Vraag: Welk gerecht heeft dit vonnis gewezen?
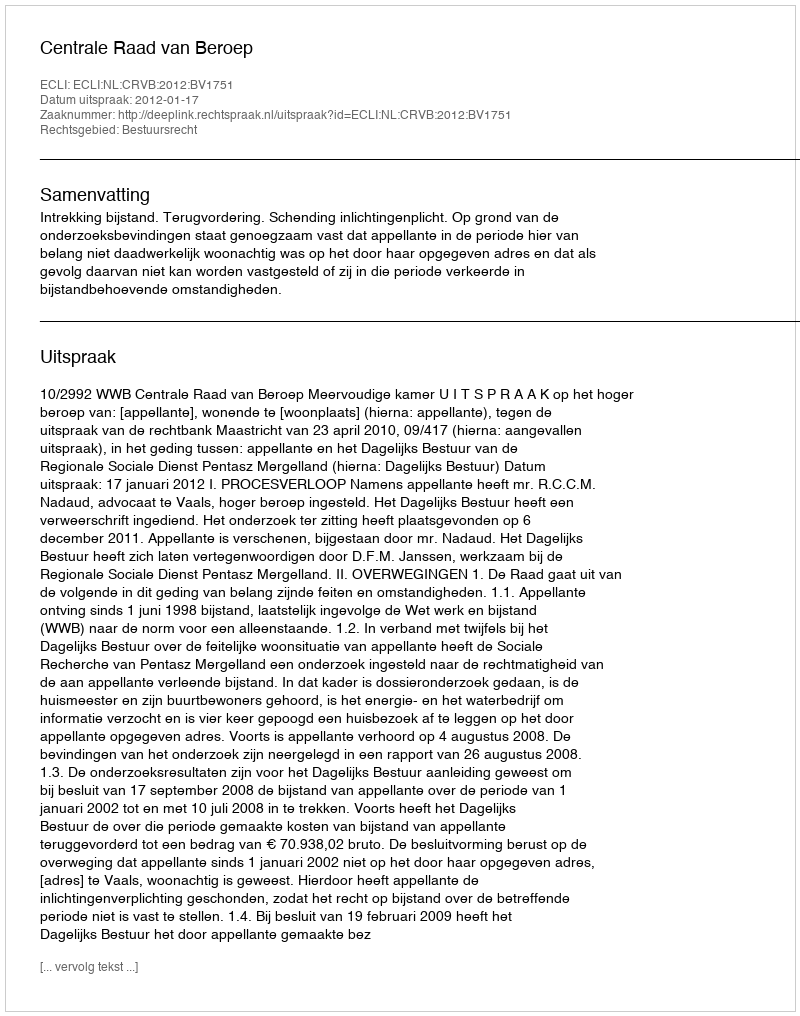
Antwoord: Centrale Raad van Beroep